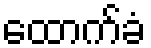
ထောက်ခံ